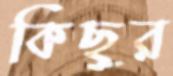
কিছুর